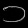
Digit: ၁